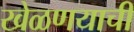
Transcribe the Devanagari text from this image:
खेळणयाची